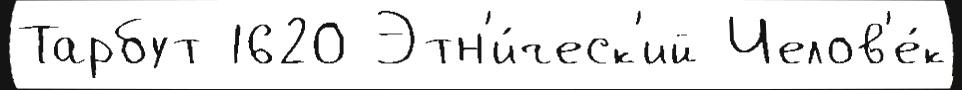
Тарбут 1620 Этн'и́ческ'ий Челов'е́к